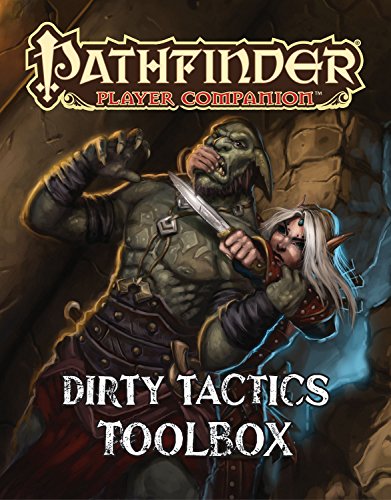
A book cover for Pathfinder Player Companion: Dirty Tactics Toolbox; Paizo Publishing; Science Fiction & Fantasy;